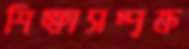
শিক্ষাসম্পৃক্ত